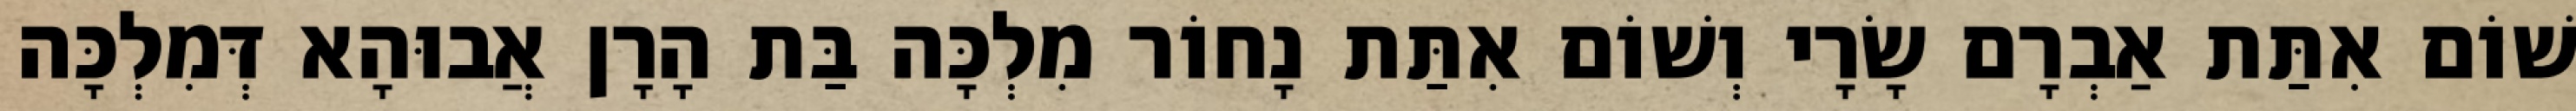
שׁוֹם אִתַּת אַבְרָם שָׂרָי וְשׁוֹם אִתַּת נָחוֹר מִלְכָּה בַּת הָרָן אֲבוּהָא דְּמִלְכָּה